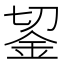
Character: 𨥓